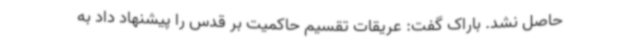
حاصل نشد. باراک گفت: عریقات تقسیم حاکمیت بر قدس را پیشنهاد داد به